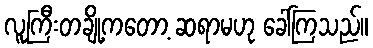
လူကြီးတချို့ကတော့ ဆရာမဟု ခေါ်ကြသည်။